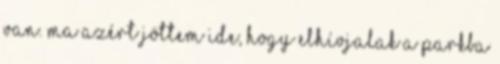
van. Ma azért jöttem ide, hogy elhívjalak a parkba